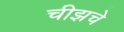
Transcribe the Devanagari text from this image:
चीझचे